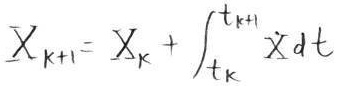
\[
X_{k + 1} = X_{k} + \int_{t_{k}}^{t_{k + 1}} \dot{X} dt
\]